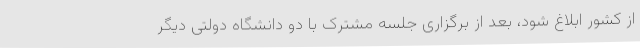
از کشور ابلاغ شود، بعد از برگزاری جلسه مشترک با دو دانشگاه دولتی دیگر